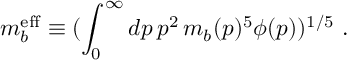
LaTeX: m _ { b } ^ { { \mathrm { e f f } } } \equiv ( \int _ { 0 } ^ { \infty } d p \, p ^ { 2 } \, m _ { b } ( p ) ^ { 5 } \phi ( p ) ) ^ { 1 / 5 } ~ .